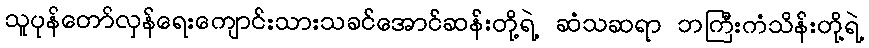
သူပုန်တော်လှန်ရေးကျောင်းသားသခင်အောင်ဆန်းတို့ရဲ့ ဆံသဆရာ ဘကြီးကံသိန်းတို့ရဲ့